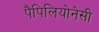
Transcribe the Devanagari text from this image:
पैपिलियोनेसी